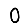
Digit: 0